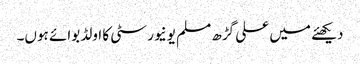
دیکھئے میں علی گڑھ مسلم یونیورسٹی کا اولڈ بوائے ہوں۔